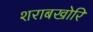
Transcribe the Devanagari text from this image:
शराबखोरि